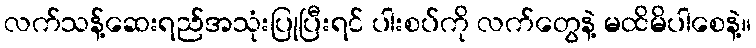
လက်သန့်ဆေးရည်အသုံးပြုပြီးရင် ပါးစပ်ကို လက်တွေနဲ့ မထိမိပါစေနဲ့။